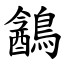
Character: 䳺